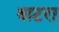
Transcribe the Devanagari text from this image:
बाटरा